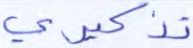
تذكيري